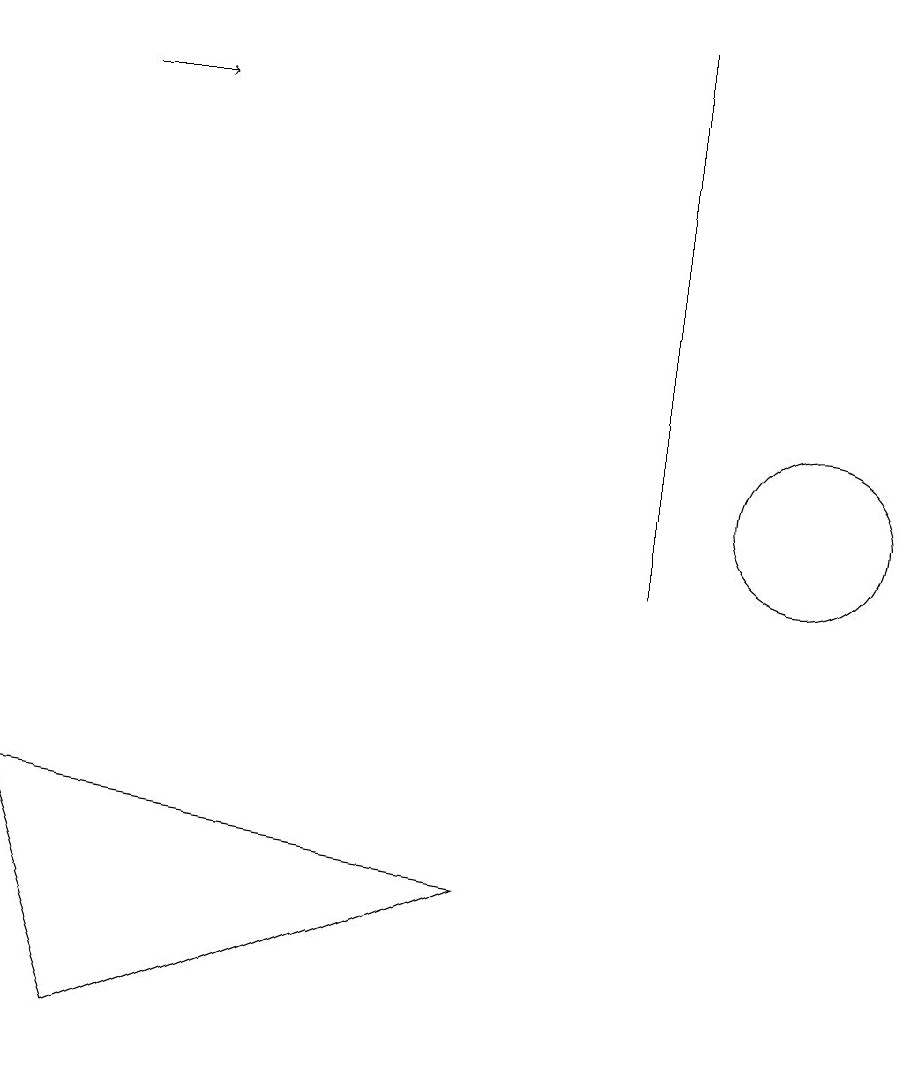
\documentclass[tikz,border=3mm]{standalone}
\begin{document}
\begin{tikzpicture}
\draw (8,10) rectangle (8,17);
\draw (10,11) circle (1);
\draw (0,7) -- (6,6) -- (1,4) -- cycle;
\draw[->] (1,16) -- (2,16);
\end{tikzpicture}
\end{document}